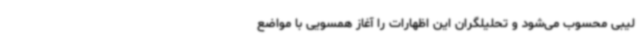
لیبی محسوب می‌شود و تحلیلگران این اظهارات را آغاز همسویی با مواضع